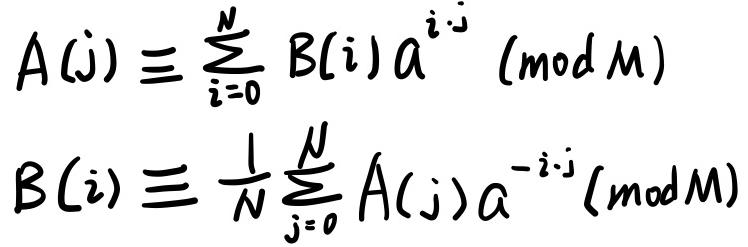
\[
\begin{align*}
A(j)&\equiv \sum_{i = 0}^{N} B(i)a^{i\cdot j}\pmod{M}\\
B(i)&\equiv \frac{1}{N}\sum_{j = 0}^{N} A(j)a^{-i\cdot j}\pmod{M}
\end{align*}
\]